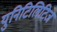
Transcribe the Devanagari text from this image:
युनिटिलिटिज